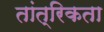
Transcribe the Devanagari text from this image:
तांत्रिकता